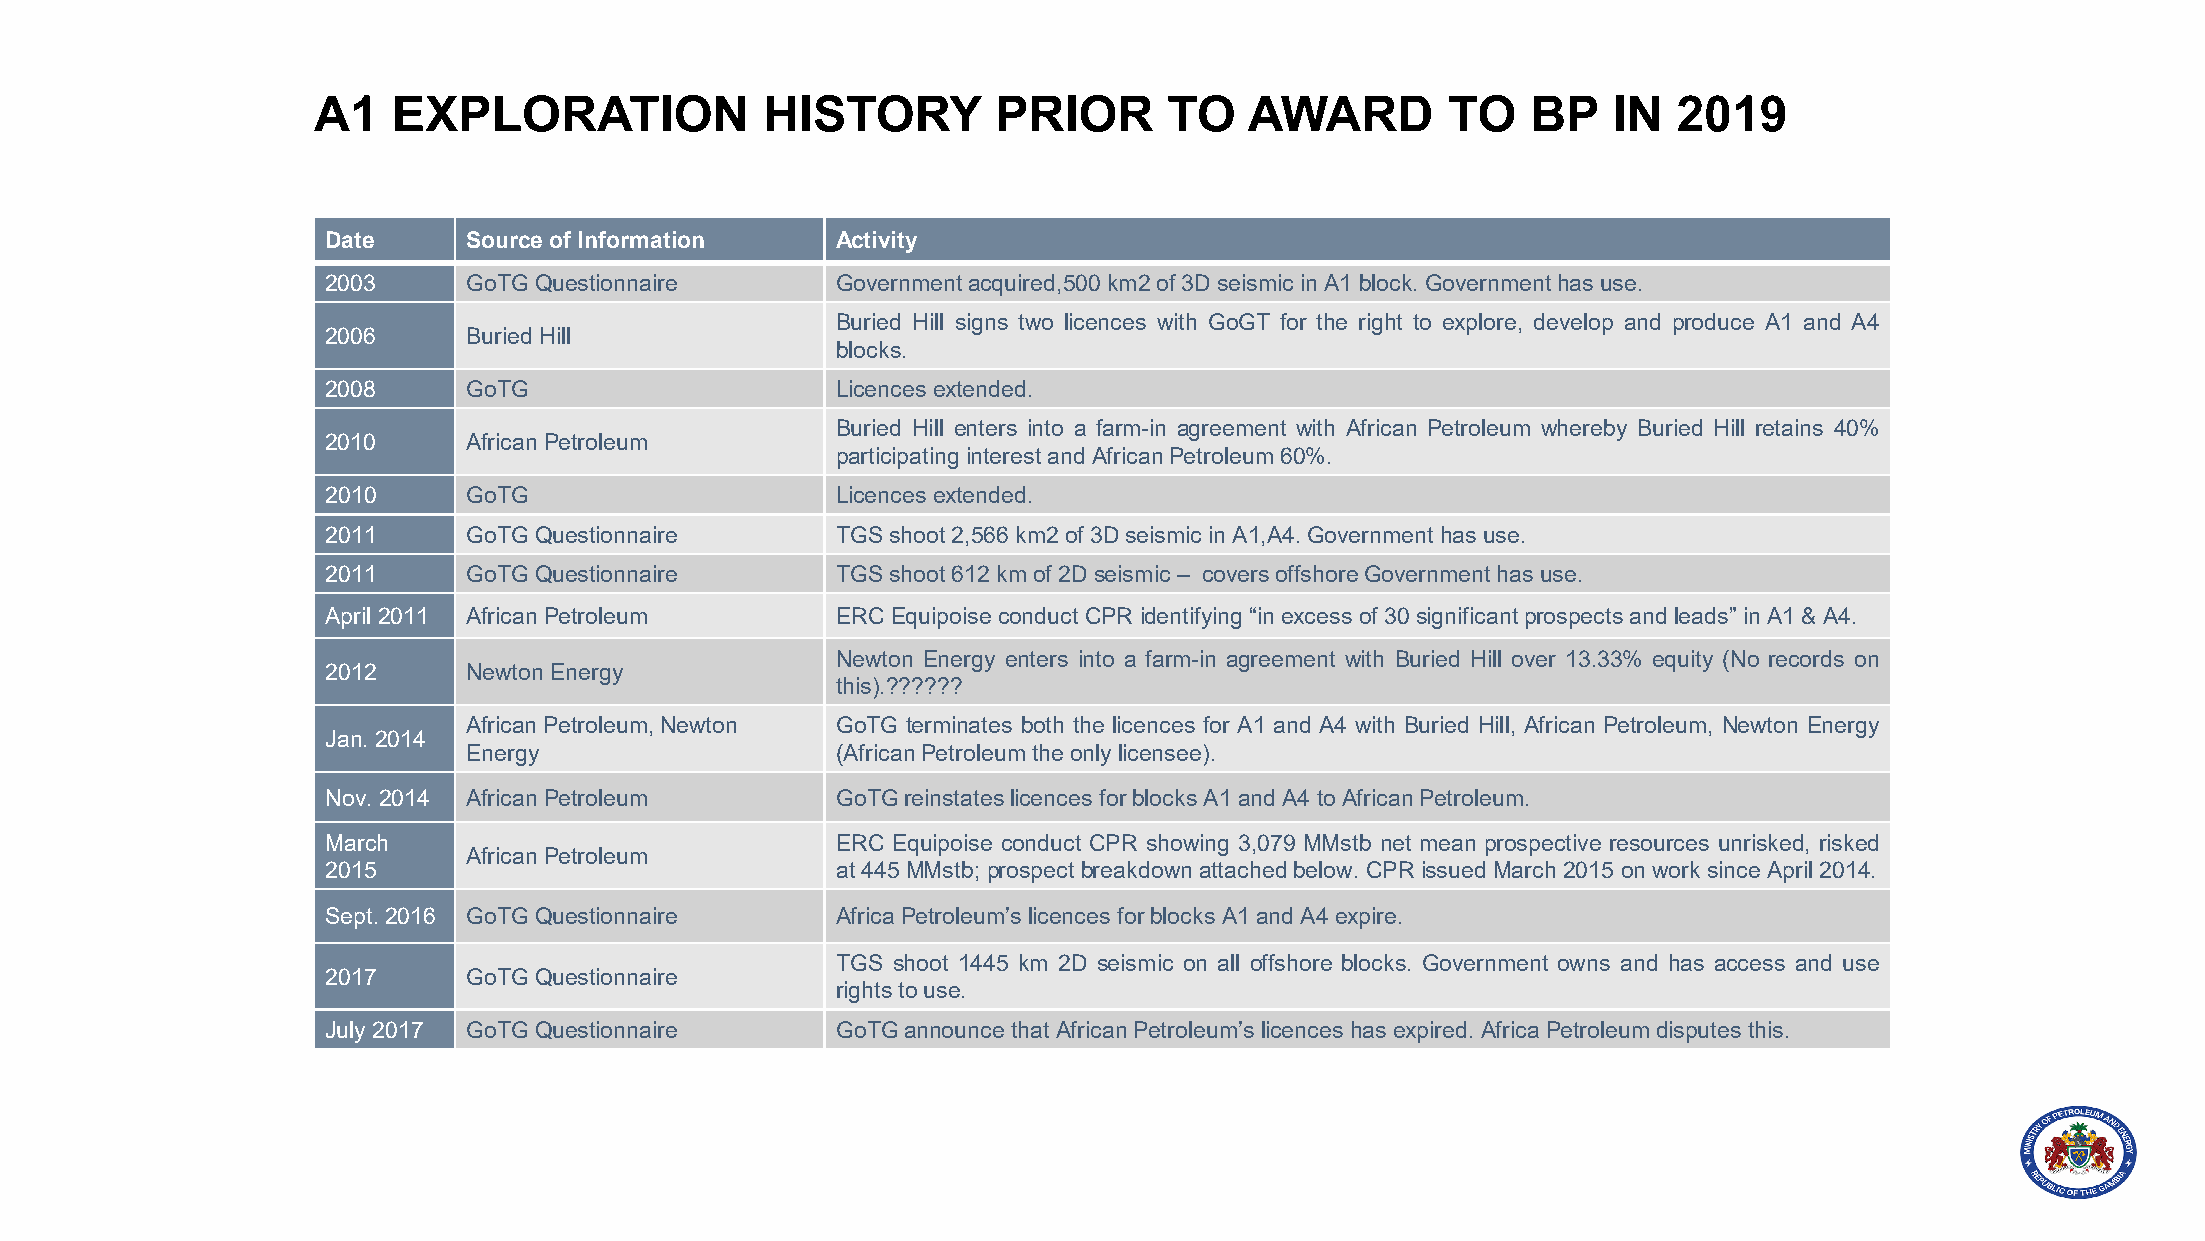
A1   EXPLORATION              HISTORY        PRIOR      TO    AWARD        TO   BP    IN  2019
 Date     Source of Information   Activity
 2003     GoTGQuestionnaire       Governmentacquired,500km2of3D seismic in A1 block.Governmenthas use.
 Buried Hill signs two licences with GoGT for the right to explore, develop and produce A1 and A4
 2006     Buried Hill
 blocks.
 2008     GoTG                    Licences extended.
 Buried Hill enters into a farm-in agreement with African Petroleum whereby Buried Hill retains 40%
 2010     AfricanPetroleum
 participatinginterestandAfricanPetroleum60%.
 2010     GoTG                    Licences extended.
 2011     GoTGQuestionnaire       TGSshoot2,566km2of3Dseismic inA1,A4.Governmenthas use.
 2011     GoTGQuestionnaire       TGSshoot612 kmof 2Dseismic – coversoffshoreGovernmenthas use.
 April 2011 AfricanPetroleum      ERC Equipoise conductCPR identifying“inexcess of30significantprospectsandleads” in A1& A4.
 Newton Energy enters into a farm-in agreement with Buried Hill over 13.33% equity (No records on
 2012     Newton Energy
 this).??????
 African Petroleum, Newton GoTG terminates both the licences for A1 and A4 with Buried Hill, African Petroleum, Newton Energy
 Jan.2014
 Energy                  (AfricanPetroleumtheonly licensee).
 Nov. 2014 AfricanPetroleum       GoTGreinstateslicences forblocks A1andA4 toAfricanPetroleum.
 March                            ERC Equipoise conduct CPR showing 3,079 MMstb net mean prospective resources unrisked, risked
 AfricanPetroleum
 2015                             at445MMstb; prospectbreakdownattachedbelow. CPR issuedMarch2015 onwork since April 2014.
 Sept.2016 GoTGQuestionnaire      AfricaPetroleum’s licences forblocks A1andA4 expire.
 TGS shoot 1445 km 2D seismic on all offshore blocks. Government owns and has access and use
 2017     GoTGQuestionnaire
 rightstouse.
 July 2017 GoTGQuestionnaire      GoTGannounce thatAfricanPetroleum’slicences has expired. AfricaPetroleumdisputes this.